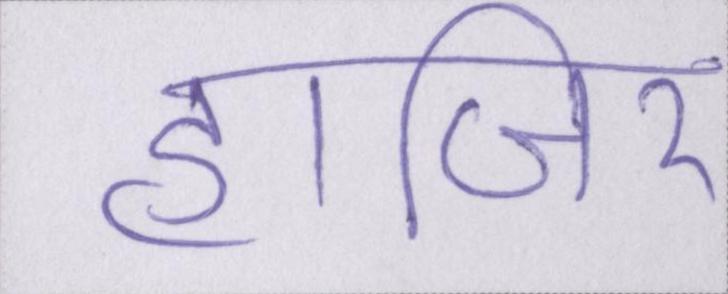
हाजिर